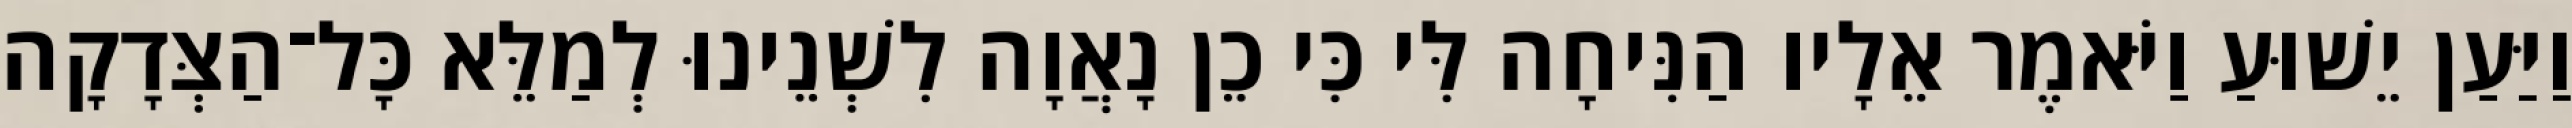
וַיַּעַן יֵשׁוּעַ וַיֹּאמֶר אֵלָיו הַנִּיחָה לִּי כִּי כֵן נָאֲוָה לִשְׁנֵינוּ לְמַלֵּא כָּל־הַצְּדָקָה